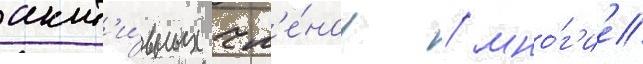
акт'и́вных чл'е́нов / мно́г'ие